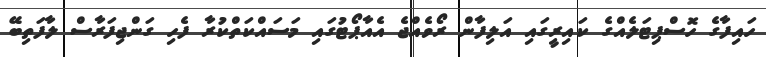
ހައިފާގެ ހޮސްޕިޓަލެއްގެ ކައިރީގައި އަލިފާން ރޯވެއްޖެ އެއާޕޯޓުގައި މަސައްކަތްކުރާ ފެހި ގަންޖިފަރާސް ލާފަތިބޭ